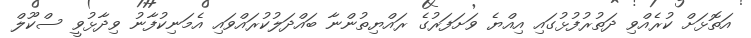
އަތޮޅަށް ކުރެއްވި ދަތުރުފުޅުގައި އިއްޔެ ވަށަފަރުގެ ރައްޔިތުންނާ ބައްދަލުކުރައްވައި އެމަނިކުފާނު ވިދާޅުވީ ސްކޫލް